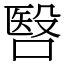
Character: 㗨